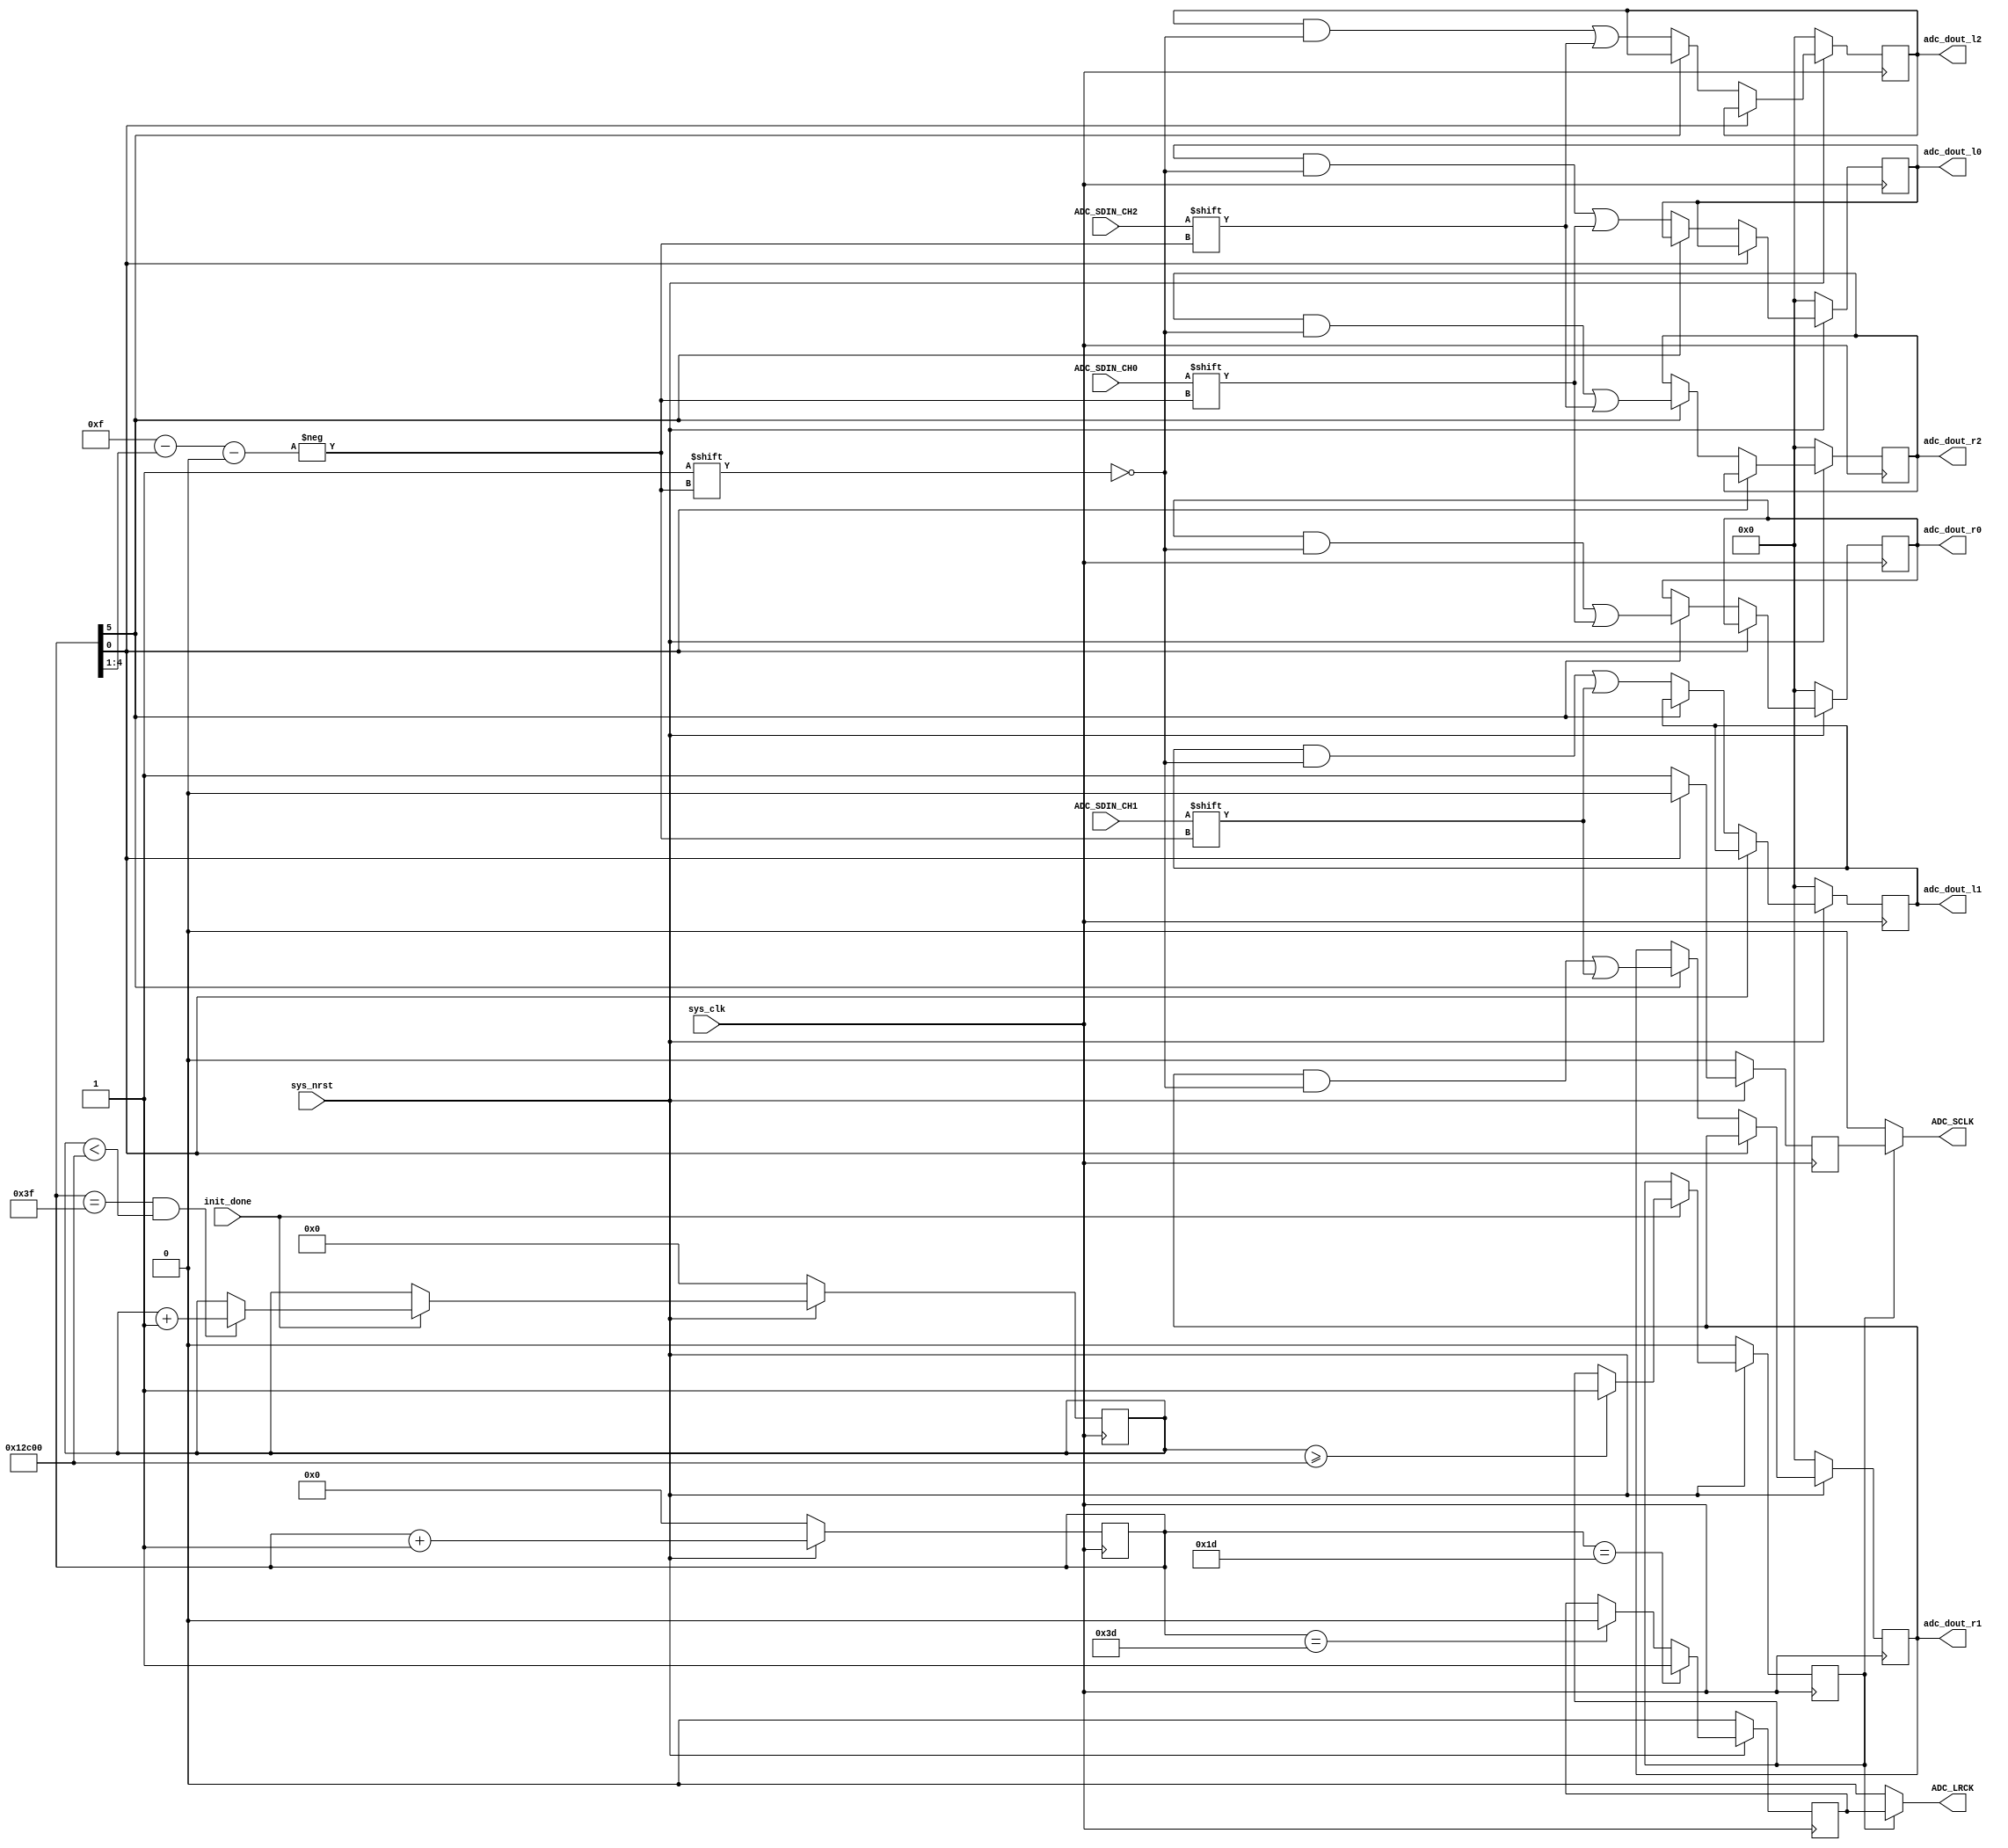
// =====================================================================
//  ____         _                 ____                      
// | __ )  _ __ (_)  __ _  _ __   / ___|  _   _  _ __    ___ 
// |  _ \ | '__|| | / _` || '_ \  \___ \ | | | || '_ \  / _ \
// | |_) || |   | || (_| || | | |  ___) || |_| || | | ||  __/
// |____/ |_|   |_| \__,_||_| |_| |____/  \__,_||_| |_| \___|
// 
// =====================================================================


`timescale 1ns / 1ps

module cs42448_adc (
	
	// 12MHz
	input					sys_clk,
	input					sys_nrst,
	
	input					init_done,
	
	output		[15 : 0]	adc_dout_l0,
	output		[15 : 0]	adc_dout_r0,
	output		[15 : 0]	adc_dout_l1,
	output		[15 : 0]	adc_dout_r1,
	output		[15 : 0]	adc_dout_l2,
	output		[15 : 0]	adc_dout_r2,
	
	// Physical Layer - CS42448
	input					ADC_SDIN_CH0,
	input					ADC_SDIN_CH1,
	input					ADC_SDIN_CH2,
	output					ADC_SCLK,
	output					ADC_LRCK
);
	
	reg		[5 : 0]			adc_divider;
	wire	[3 : 0]			shift_bit;
	
	reg						sclk_r;
	reg						lrck_r;
	
	reg		[19 : 0]	startup_delay;
	reg		[15 : 0]	startup_delay2;
	reg					all_ready;
	reg					all_ready2;
	
	always@(posedge sys_clk)begin
		if(!sys_nrst)begin
			startup_delay <= 'd0;
			all_ready <= 1'b0;
		end else if(init_done)begin
			if(adc_divider == 'd63 && startup_delay < 'd76800)
				startup_delay <= startup_delay + 'd1;
			if(startup_delay >= 'd76800)
				all_ready <= 1'b1;
		end
	end
	
	always@(posedge sys_clk)begin
		if(!sys_nrst)begin
			startup_delay2 <= 'd0;
			all_ready2 <= 1'b0;
		end else if(all_ready)begin
			if(adc_divider == 'd63 && startup_delay2 < 'd2000)
				startup_delay2 <= startup_delay2 + 'd1;
			if(startup_delay2 >= 'd2000)
				all_ready2 <= 1'b1;
		end
	end
	
	always@(posedge sys_clk)begin
		if(!sys_nrst)begin
			adc_divider <= 'd0;
		end else begin
			adc_divider <= adc_divider + 'd1;
		end
	end
	
	always@(posedge sys_clk)begin
		if(!sys_nrst)begin
			lrck_r <= 1'b0;
		end else begin
			if(adc_divider == 'd29)
				lrck_r <= 1'b1;
			else if(adc_divider == 'd61)
				lrck_r <= 1'b0;
		end
	end
	
	
	always@(posedge sys_clk)begin
		if(!sys_nrst)begin
			sclk_r <= 1'b0;
		end else begin
			if(!adc_divider[0])
				sclk_r <= 1'b1;
			else
				sclk_r <= 1'b0;
		end
	end
	
	assign shift_bit = 'd15 - adc_divider[4 : 1];
	
	reg		[15 : 0]	adc_l_d0;
	reg		[15 : 0]	adc_r_d0;
	reg		[15 : 0]	adc_l_d1;
	reg		[15 : 0]	adc_r_d1;
	reg		[15 : 0]	adc_l_d2;
	reg		[15 : 0]	adc_r_d2;
	
	always@(posedge sys_clk)begin
		if(!sys_nrst)begin
			
			adc_l_d0 <= 'd0;
			adc_r_d0 <= 'd0;
			adc_l_d1 <= 'd0;
			adc_r_d1 <= 'd0;
			adc_l_d2 <= 'd0;
			adc_r_d2 <= 'd0;
			
		end else if(!adc_divider[0])begin
			if(adc_divider[5])begin
				adc_r_d0[shift_bit] <= ADC_SDIN_CH0;
				adc_r_d1[shift_bit] <= ADC_SDIN_CH1;
				adc_r_d2[shift_bit] <= ADC_SDIN_CH2;
			end else begin
				adc_l_d0[shift_bit] <= ADC_SDIN_CH0;
				adc_l_d1[shift_bit] <= ADC_SDIN_CH1;
				adc_l_d2[shift_bit] <= ADC_SDIN_CH2;
			end
		end
	end
	
	assign ADC_SCLK = (all_ready) ? sclk_r : 1'b0;
	assign ADC_LRCK = (all_ready) ? lrck_r : 1'b0;
	
	assign adc_dout_l0 = adc_l_d0;
	assign adc_dout_r0 = adc_r_d0;
	assign adc_dout_l1 = adc_l_d1;
	assign adc_dout_r1 = adc_r_d1;
	assign adc_dout_l2 = adc_l_d2;
	assign adc_dout_r2 = adc_r_d2;
	
endmodule